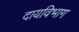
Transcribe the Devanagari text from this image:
दायविभाग